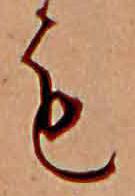
も